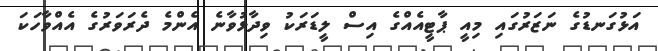
އަޅުގަނޑުގެ ނަޒަރުގައި މިއީ ޕާޓީއެއްގެ އިސް ލީޑަރަކު ވިދާޅުވާނެ އެންމެ ދެރަވަރުގެ އެއްވާހަކަ